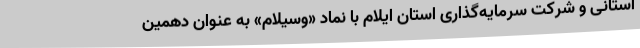
استانی و شرکت سرمایه‌گذاری استان ایلام با نماد «وسیلام» به عنوان دهمین